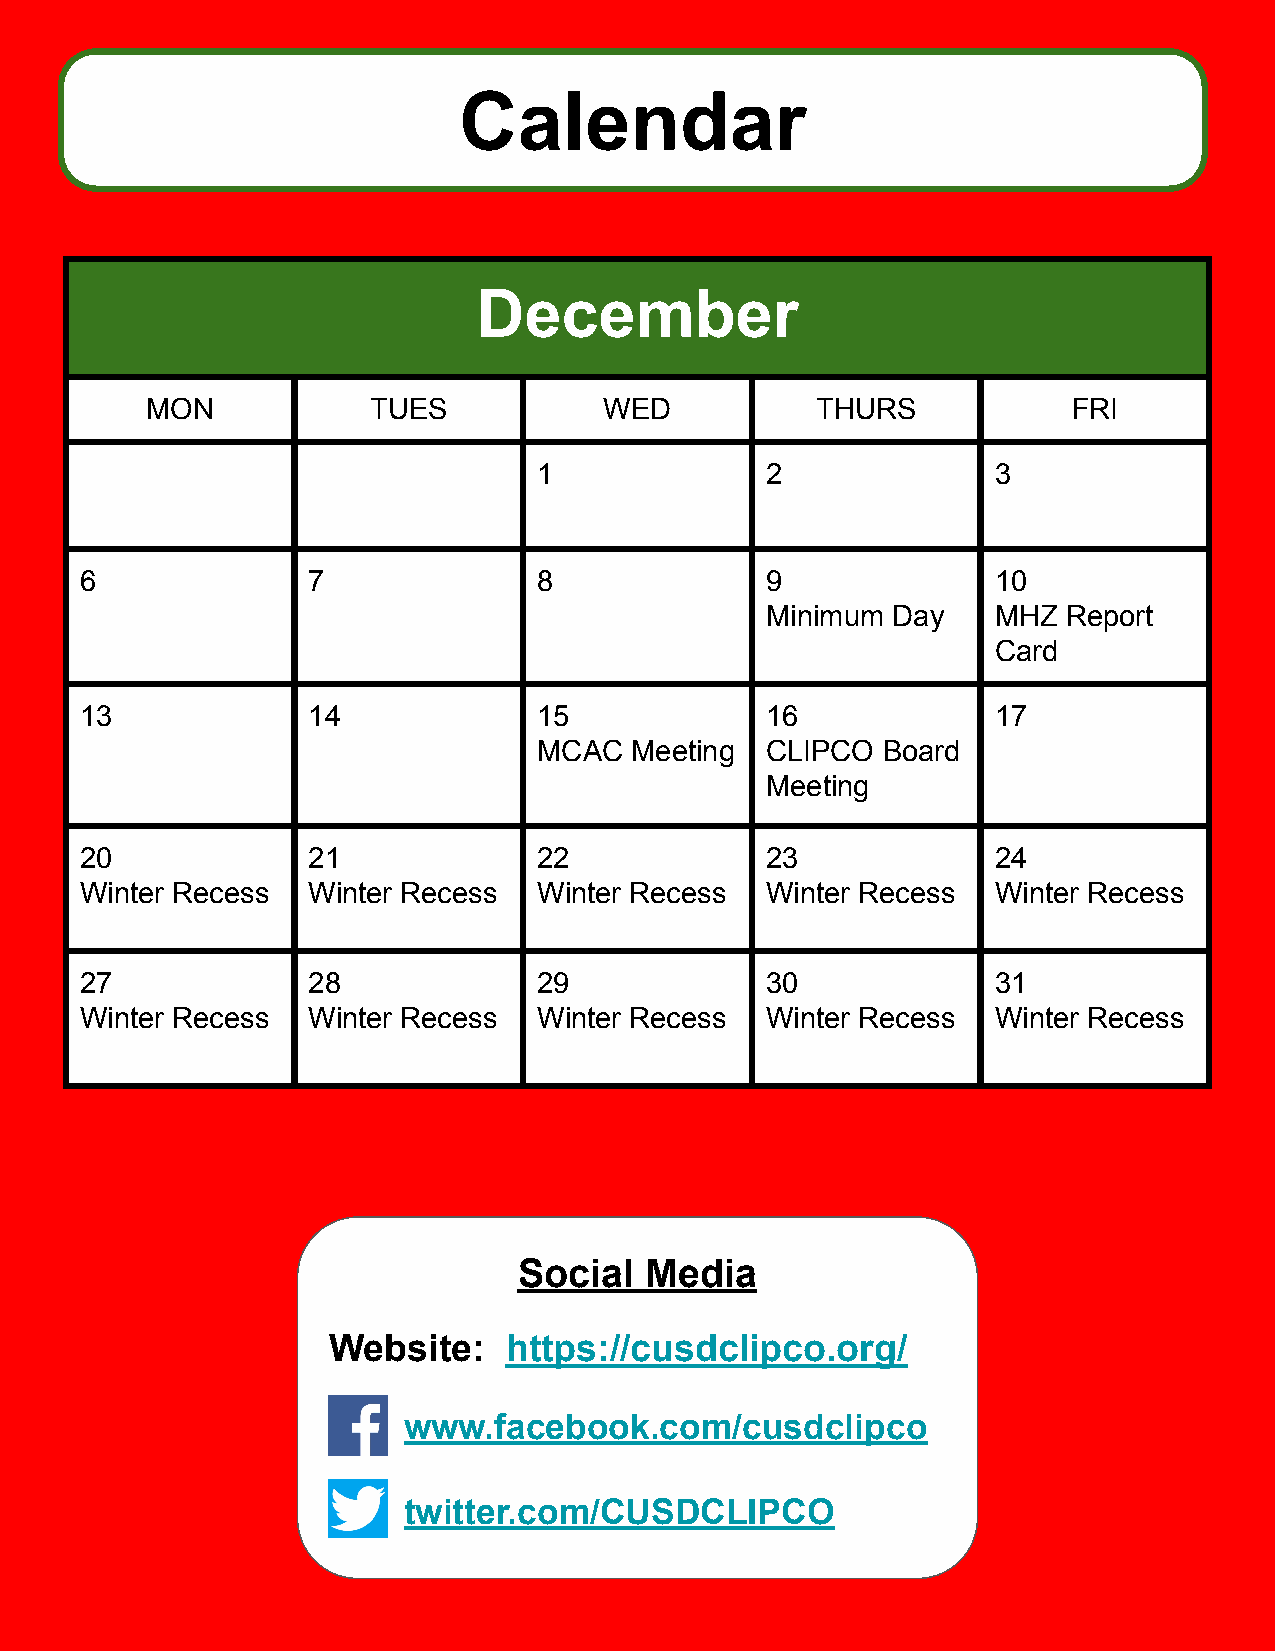
Calendar
 December
 MON           TUES            WED           THURS            FRI
 1              2              3
 6              7               8              9              10
 Minimum Day    MHZ  Report
 Card
 13             14              15             16             17
 MCAC  Meeting  CLIPCO Board
 Meeting
 20             21              22             23             24
 Winter Recess  Winter Recess   Winter Recess  Winter Recess  Winter Recess
 27             28              29             30             31
 Winter Recess  Winter Recess   Winter Recess  Winter Recess  Winter Recess
 Social   Media
 Website:   https://cusdclipco.org/
 www.facebook.com/cusdclipco
 twitter.com/CUSDCLIPCO